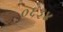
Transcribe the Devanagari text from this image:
०६३४